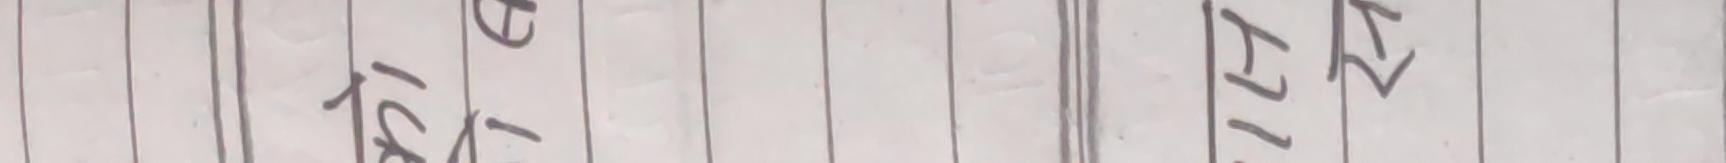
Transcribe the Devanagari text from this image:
८खटध चट२७स